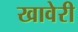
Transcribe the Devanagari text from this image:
खावेरी